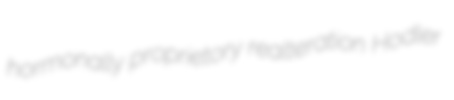
hormonally proprietory realteration Hodler